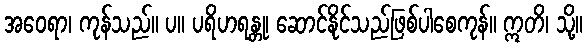
အဝေရာ၊ ကုန်သည်။ ပ။ ပရိဟရန္တု၊ ဆောင်နိုင်သည်ဖြစ်ပါစေကုန်။ ဣတိ၊ သို့။